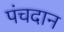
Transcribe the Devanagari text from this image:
पंचदान